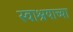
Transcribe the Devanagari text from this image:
स्वाश्रयाच्या